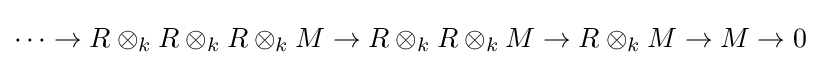
\cdots \rightarrow R\otimes _{k}R\otimes _{k}R\otimes _{k}M\rightarrow R\otimes _{k}R\otimes _{k}M\rightarrow R\otimes _{k}M\rightarrow M\rightarrow 0